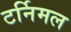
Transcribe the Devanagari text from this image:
टर्निमल